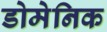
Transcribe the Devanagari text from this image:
डोमेनिक